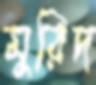
মুরিদ